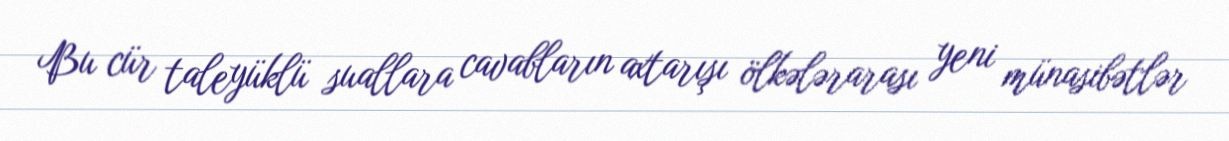
Bu cür taleyüklü suallara cavabların axtarışı ölkələrarası yeni münasibətlər